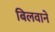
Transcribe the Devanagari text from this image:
बिलवाने